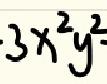
$3x^{2}y^{2}$